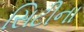
સિટીના